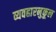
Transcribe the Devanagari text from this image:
व्यवहारनुकूल